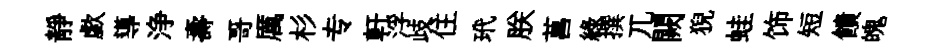
靜歔導浄壽哥厲杉专軒浮歧住玳朕菖綠撰兀闕猊蛙饰短饋魄